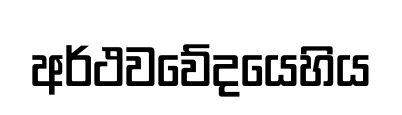
අර්ථවවේදයෙහිය